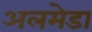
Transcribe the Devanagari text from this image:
अलमेडा